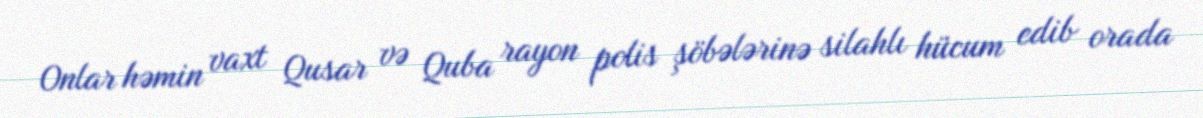
Onlar həmin vaxt Qusar və Quba rayon polis şöbələrinə silahlı hücum edib orada